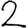
Digit: 2